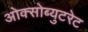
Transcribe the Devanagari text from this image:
ओक्सोब्युटरेट